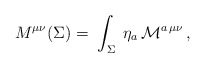
\begin{align*}M^{\mu \nu}(\Sigma) = \; \int_\Sigma \;\eta_a \, {\cal M}^{a\,\mu\nu}\,,\end{align*}